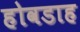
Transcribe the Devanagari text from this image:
होवडाह